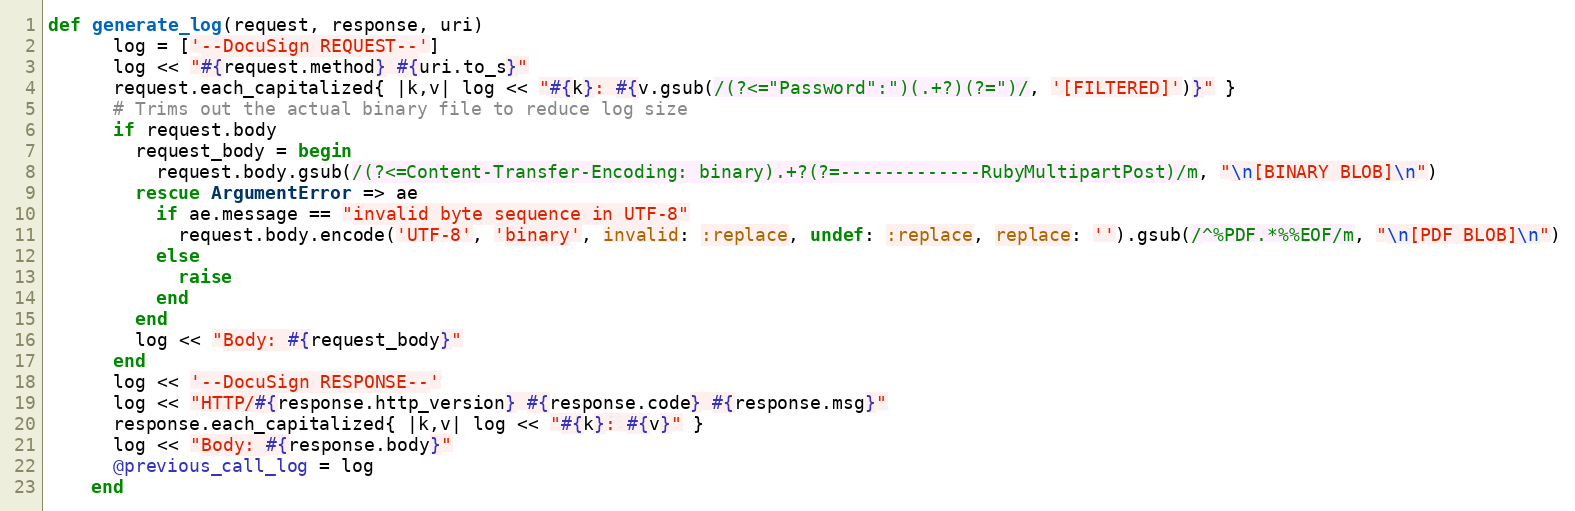
Language: Ruby
def generate_log(request, response, uri)
      log = ['--DocuSign REQUEST--']
      log << "#{request.method} #{uri.to_s}"
      request.each_capitalized{ |k,v| log << "#{k}: #{v.gsub(/(?<="Password":")(.+?)(?=")/, '[FILTERED]')}" }
      # Trims out the actual binary file to reduce log size
      if request.body
        request_body = begin
          request.body.gsub(/(?<=Content-Transfer-Encoding: binary).+?(?=-------------RubyMultipartPost)/m, "\n[BINARY BLOB]\n")
        rescue ArgumentError => ae
          if ae.message == "invalid byte sequence in UTF-8"
            request.body.encode('UTF-8', 'binary', invalid: :replace, undef: :replace, replace: '').gsub(/^%PDF.*%%EOF/m, "\n[PDF BLOB]\n")
          else
            raise
          end
        end
        log << "Body: #{request_body}"
      end
      log << '--DocuSign RESPONSE--'
      log << "HTTP/#{response.http_version} #{response.code} #{response.msg}"
      response.each_capitalized{ |k,v| log << "#{k}: #{v}" }
      log << "Body: #{response.body}"
      @previous_call_log = log
    end